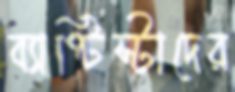
ব্যাপ্টিস্টাদের